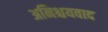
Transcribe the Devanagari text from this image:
अनिश्चयवाद